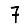
Digit: 7